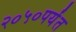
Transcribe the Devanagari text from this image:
२०५०पर्यंत